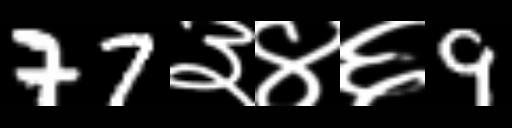
Text: 77३४६9